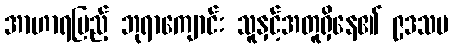
အာဟာရပြည့် ဘုရာကျောင်း သူနှင့်အတူရှိနေ၏ ၉ဒသမ